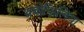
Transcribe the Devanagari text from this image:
थ्रंबोफिलिया